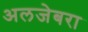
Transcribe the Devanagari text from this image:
अलजेबरा